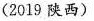
(2019 陕西)